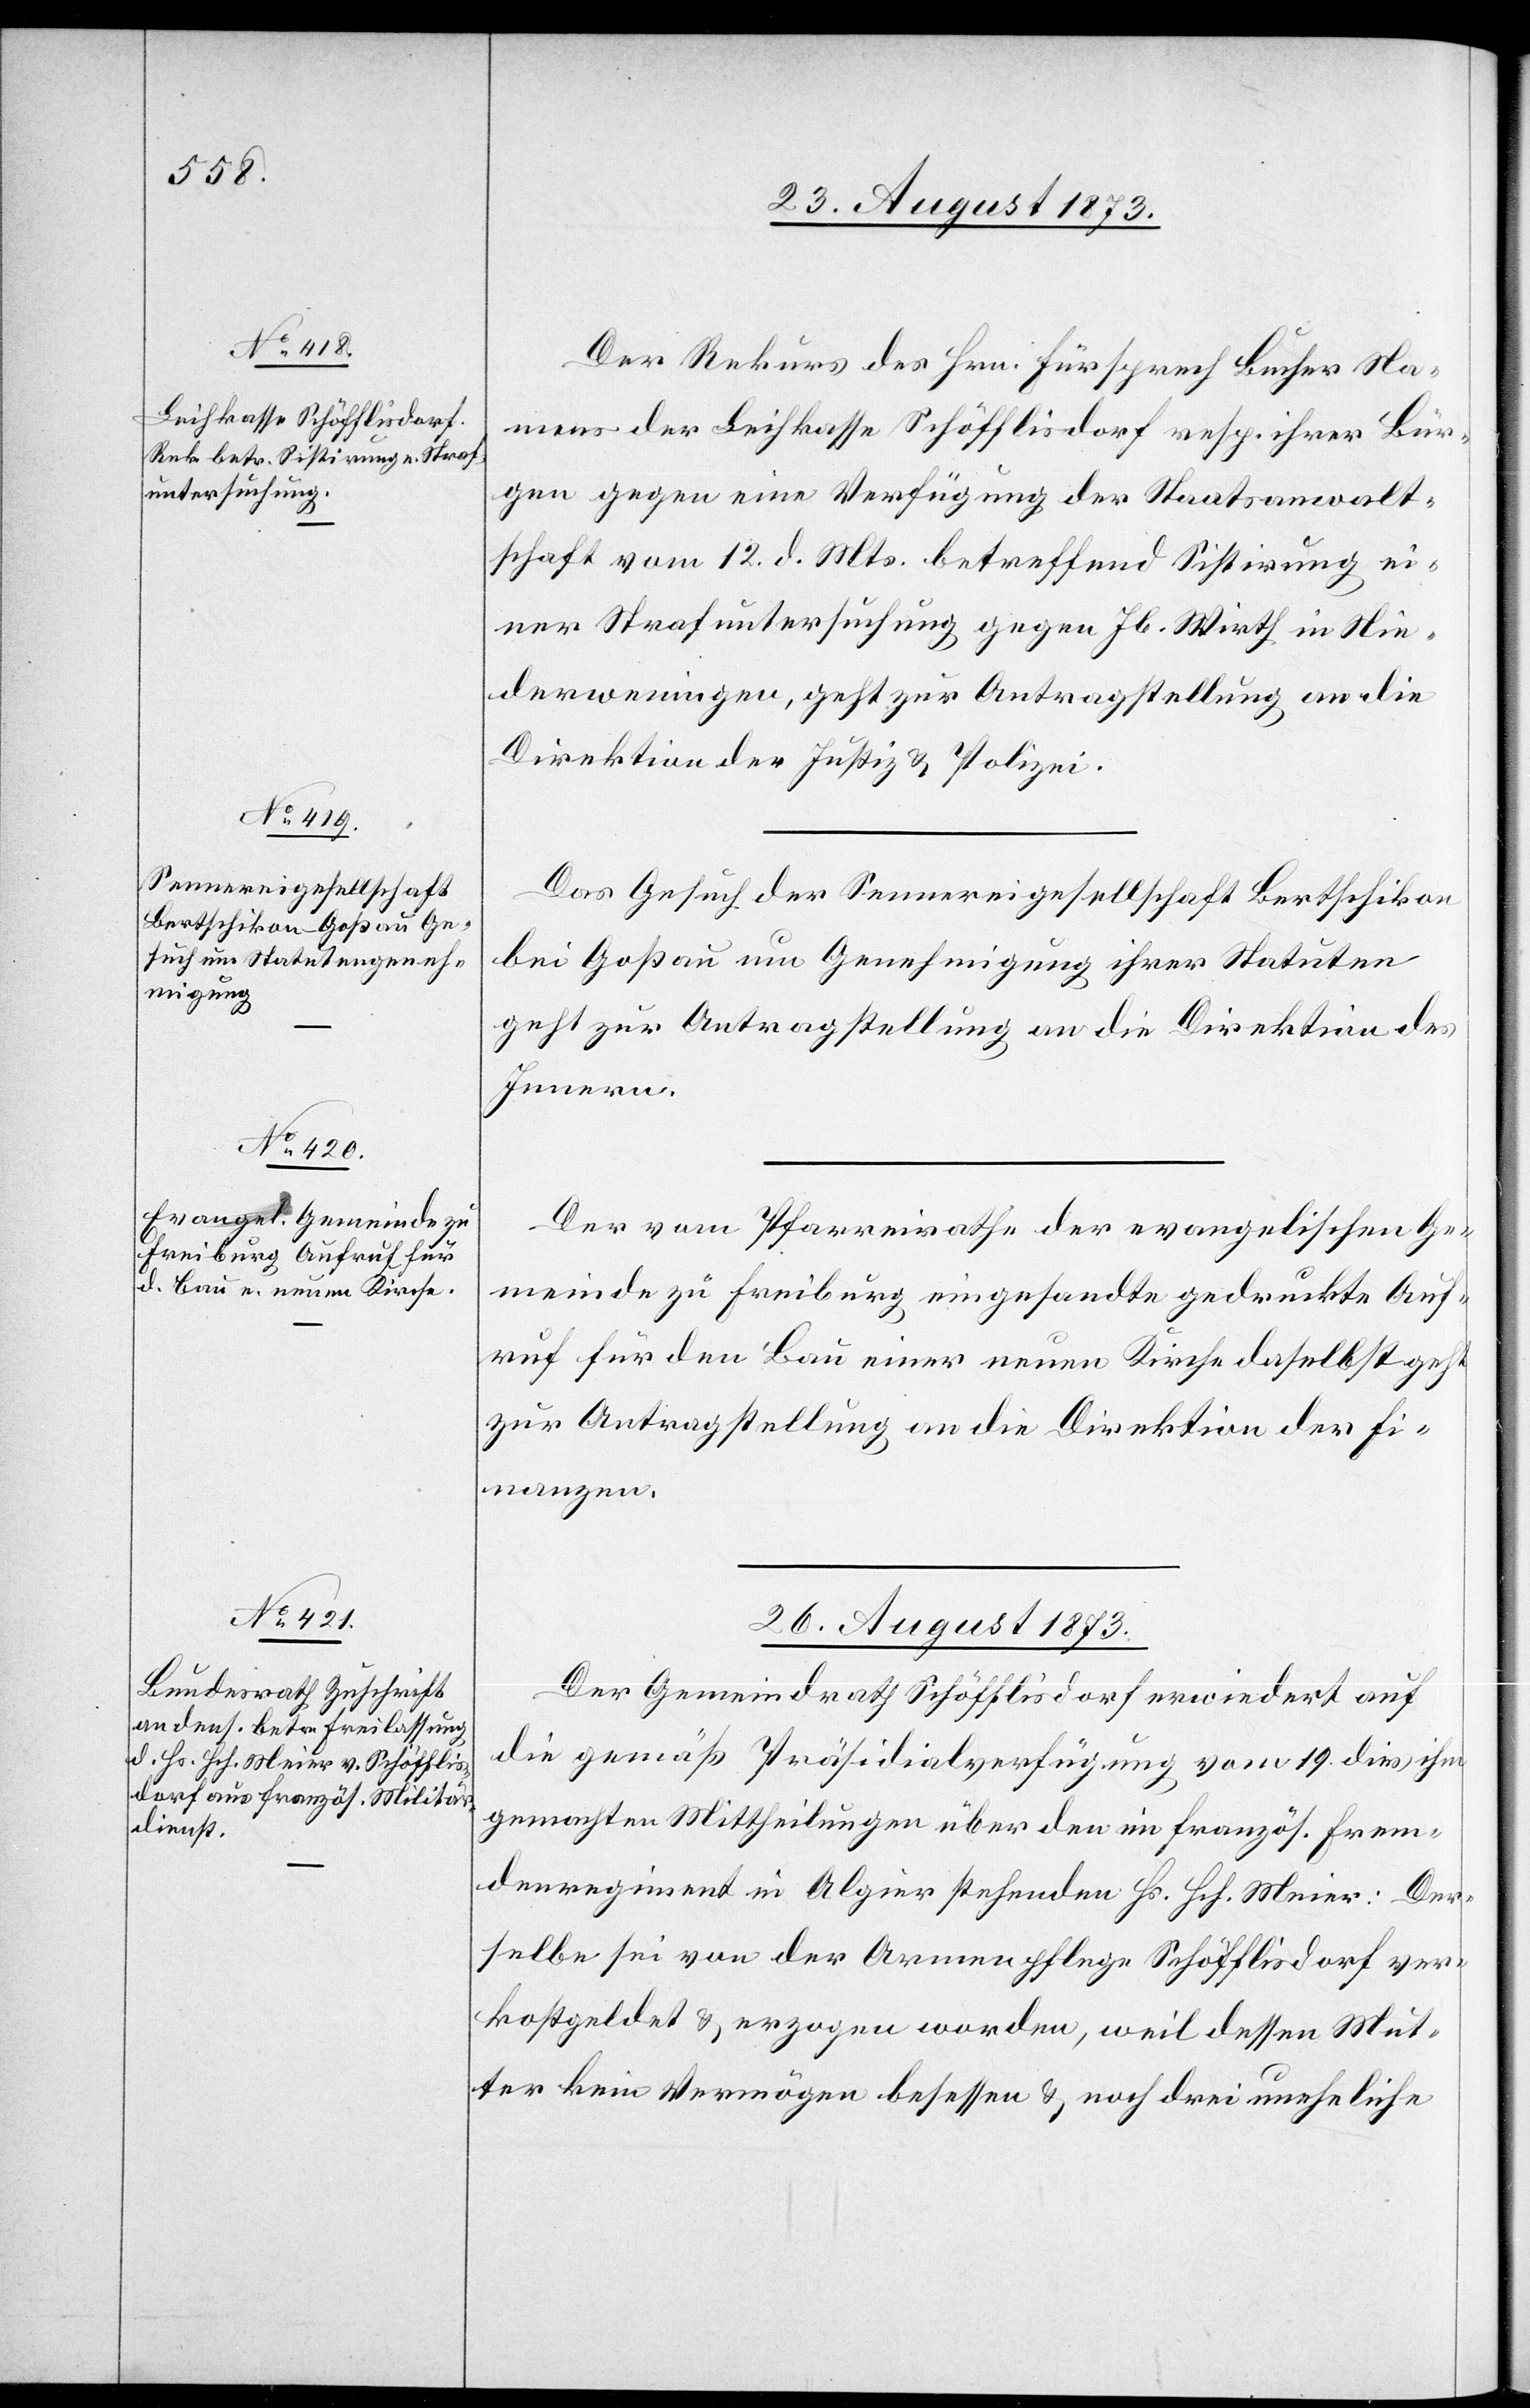
25. August 1873.]
Der Rekurs des Hrn. Fürsprech Bucher Na¬
mens der Leihkasse Schöfflisdorf resp. ihrer Bür¬
gen gegen eine Verfügung der Staatsanwalt¬
schaft vom 12. d. Mts. betreffend Sistirung ei¬
ner Strafuntersuchung gegen Jb. Wirth in Nie¬
derweningen, geht zur Antragstellung an die
Direktion der Justiz & Polizei.
Das Gesuch der Sennereigesellschaft Bertschikon
bei Goßau um Genehmigung ihrer Statuten
geht zur Antragstellung an die Direktion des
Innern.
Der vom Pfarreirathe der evangelischen Ge¬
meinde zu Freiburg eingesandte gedruckte Auf¬
ruf für den Bau einer neuen Kirche daselbst geht
zur Antragstellung an die Direktion der Fi¬
nanzen.
26. August 1873.
Der Gemeindrath Schöfflisdorf erwiedert auf
die gemäß Präsidialverfügung vom 19. dies ihm
gemachten Mittheilungen über den im französ. Frem¬
denregiment in Algier stehenden Hs. Hch. Meier: Der¬
selbe sei von der Armenpflege Schöfflisdorf ver¬
kostgeldet & erzogen worden, weil dessen Mut¬
ter kein Vermögen besessen & noch drei uneheliche